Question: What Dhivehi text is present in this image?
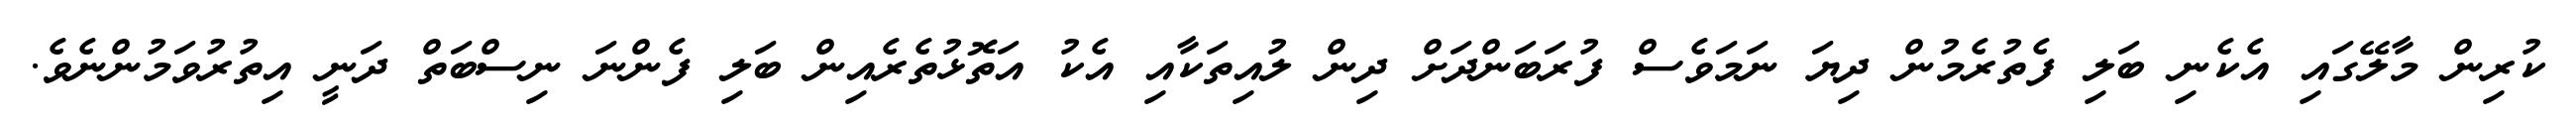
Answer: ކުރިން މާލޭގައި އެކެނި ބަލި ފެތުރެމުން ދިޔަ ނަމަވެސް ފުރަބަންދަށް ދިން ލުއިތަކާއި އެކު އަތޮޅުތެރެއިން ބަލި ފެންނަ ނިސްބަތް ދަނީ އިތުރުވަމުންނެވެ.